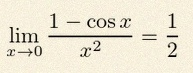
\lim_{x\to0}\frac{1-\cos x}{x^2}=\frac12